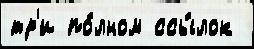
тр'и по́лном ссы́лок